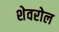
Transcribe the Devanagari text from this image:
शेवरोल